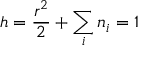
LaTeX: h = \frac { r ^ { 2 } } { 2 } + \sum _ { i } n _ { i } = 1